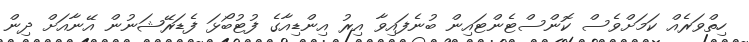
ހިތްވަރެއް ކަމަށްވެސް ކޮންސްޓެންޓައިން ބުނެފައިވާ އިރު އިންޑިއާގެ ފުޓުބޯޅަ ފެޑަރޭޝަނުން އޭނާއަށް ދިން